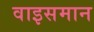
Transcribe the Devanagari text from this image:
वाइसमान